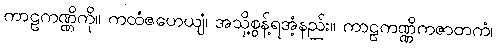
ကာဠကဏ္ဏိကို။ ကထံဇဟေယျံ၊ အသို့စွန့်ရအံ့နည်း။ ကာဠကဏ္ဏိကဇာတကံ၊